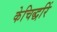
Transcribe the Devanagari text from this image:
केचिद्धरिं